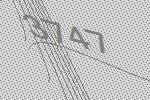
3747